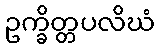
ဥက္ခိတ္တပလိဃံ